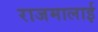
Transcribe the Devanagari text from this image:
राजमालाई